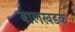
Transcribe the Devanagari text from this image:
बालखडक